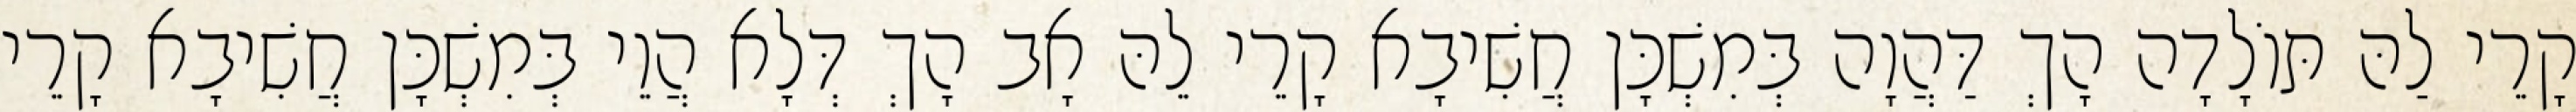
קָרֵי לַהּ תּוֹלָדָה הָךְ דַּהֲוָה בְּמִשְׁכָּן חֲשִׁיבָא קָרֵי לֵהּ אָב הָךְ דְּלָא הֲוֵי בְּמִשְׁכָּן חֲשִׁיבָא קָרֵי